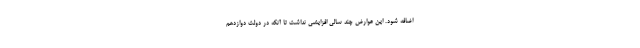
اضافه شود. این عوارض چند سالی افزایشی نداشت تا آنکه در دولت دوازدهم